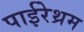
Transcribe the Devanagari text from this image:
पाईरेथ्रम